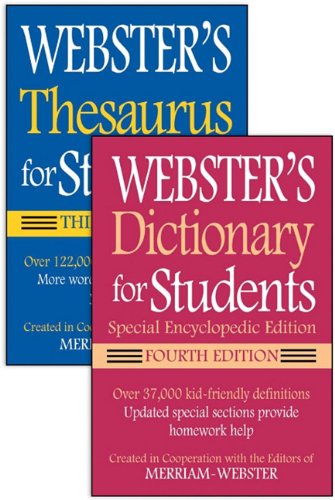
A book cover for Webster's For Students Dictionary/Thesaurus Shrink-Wrapped Set; Merriam-Webster; Reference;